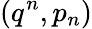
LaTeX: (q^{n},p_{n})